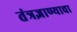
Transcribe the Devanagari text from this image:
तंत्रज्ञाण्याचा